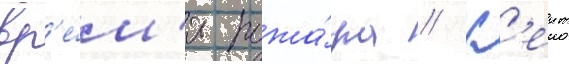
вр'е́м'я пожа́ра // К'еит